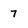
Character: 7